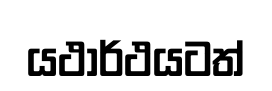
යථාර්ථයටත්